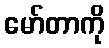
မော်တာကို